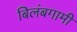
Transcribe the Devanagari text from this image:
बिलंबगामी